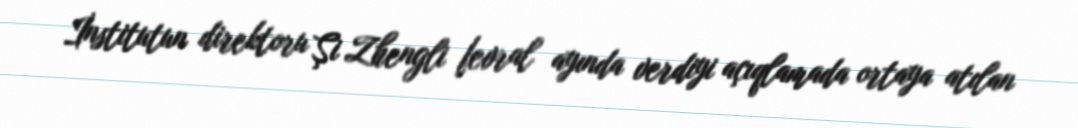
İnstitutun direktoru Şi Zhengli fevral ayında verdiyi açıqlamada ortaya atılan